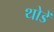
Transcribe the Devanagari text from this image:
थोडें